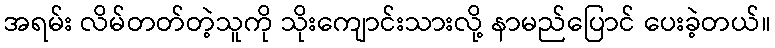
အရမ်း လိမ်တတ်တဲ့သူကို သိုးကျောင်းသားလို့ နာမည်ပြောင် ပေးခဲ့တယ်။